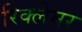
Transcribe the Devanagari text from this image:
रिक्लेमर